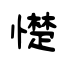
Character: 憷